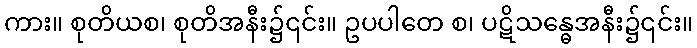
ကား။ စုတိယစ၊ စုတိအနီး၌၎င်း။ ဥပပါတေ စ၊ ပဋိသန္ဓေအနီး၌၎င်း။